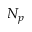
N _ { p }